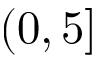
( 0 , 5 ]